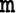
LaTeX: \mathtt{m}